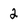
Character: 2